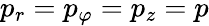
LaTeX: p_{r}=p_{\varphi}=p_{z}=p